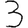
Digit: 3